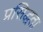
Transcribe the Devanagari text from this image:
प्रसिद्धता